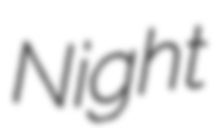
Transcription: Night